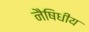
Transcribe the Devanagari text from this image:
नैषिधीय